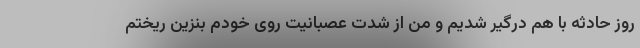
روز حادثه با هم درگیر شدیم و من از شدت عصبانیت روی خودم بنزین ریختم